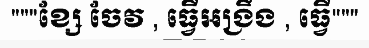
"""ខ្សែ ចែវ , ធ្វើអង្រឹង , ធ្វើ"""